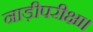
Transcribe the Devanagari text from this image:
नाड़ीपरीक्षा।